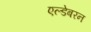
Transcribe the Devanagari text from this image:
एल्डेबरन